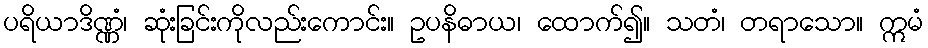
ပရိယာဒိဏ္ဏံ၊ ဆုံးခြင်းကိုလည်းကောင်း။ ဥပနိဓာယ၊ ထောက်၍။ သတံ၊ တရာသော။ ဣမံ